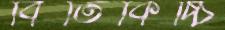
বিতিকিচ্চি